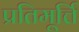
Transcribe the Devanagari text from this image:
प्रतिमूर्त्ति